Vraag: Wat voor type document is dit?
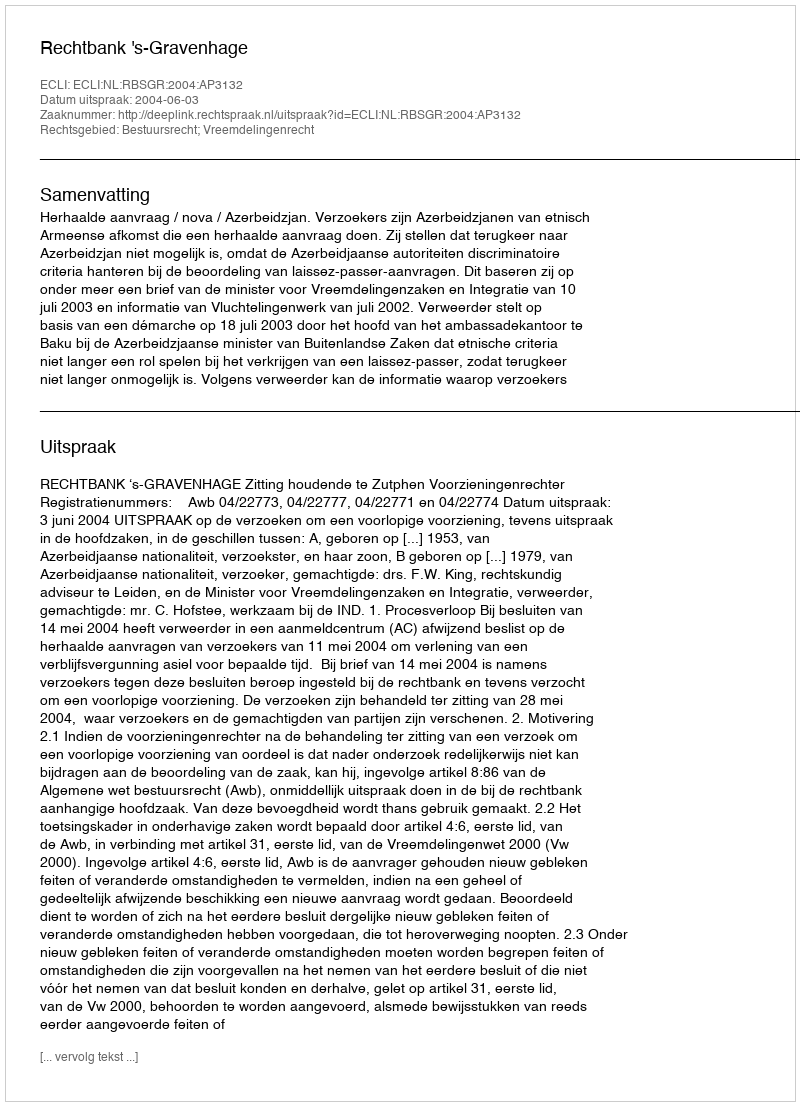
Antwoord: Uitspraak